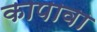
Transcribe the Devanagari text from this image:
कापावा